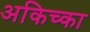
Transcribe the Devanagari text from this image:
अकिच्का